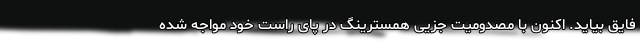
فایق بیاید. اکنون با مصدومیت جزیی همسترینگ در پای راست خود مواجه شده